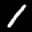
Label: 1